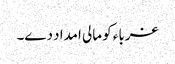
غرباء کو مالی امداد دے۔